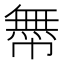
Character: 𢅊